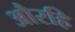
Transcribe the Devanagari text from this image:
औरहि